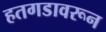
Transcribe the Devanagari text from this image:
हतगडावरून